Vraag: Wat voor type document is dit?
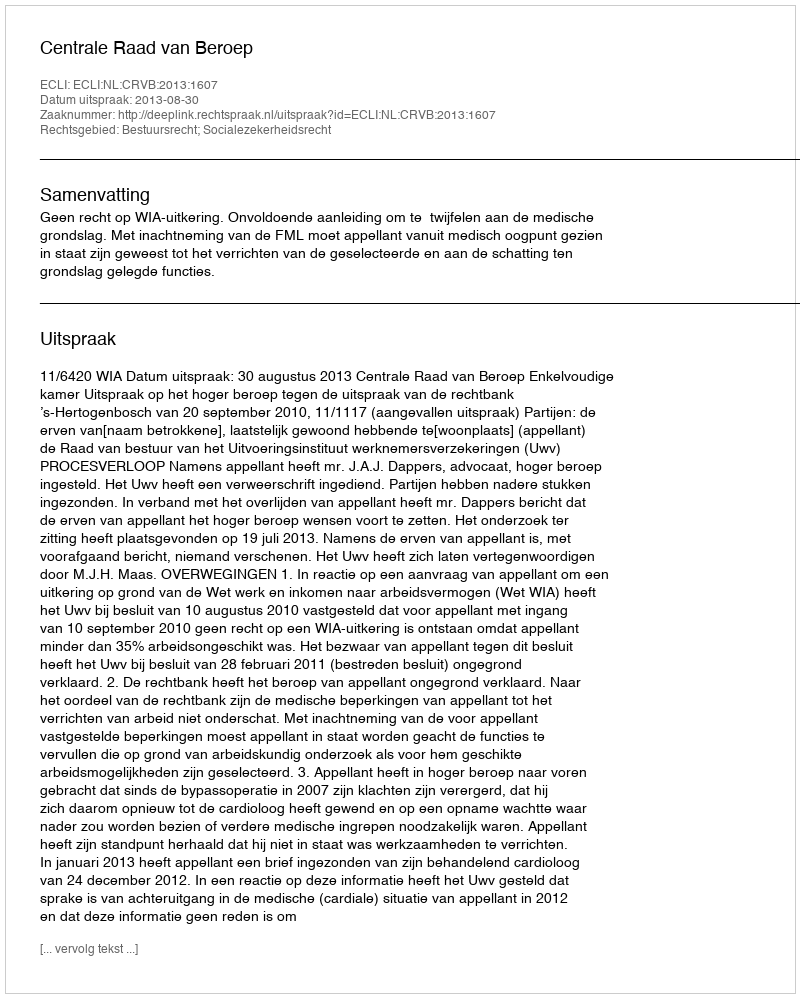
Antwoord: Uitspraak